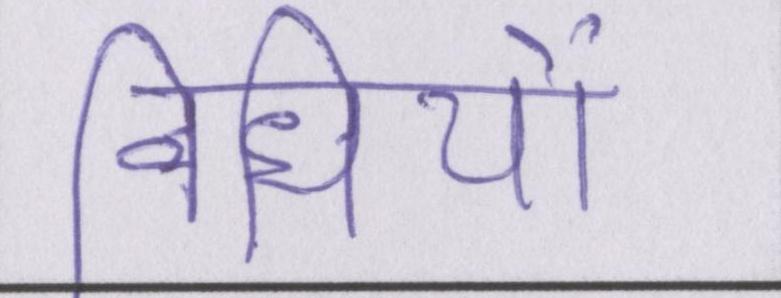
विधियों